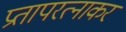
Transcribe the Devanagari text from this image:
प्रतापरत्नाकर